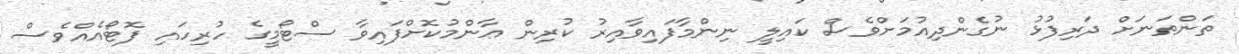
ތަންތަނަށް ދަރިފުޅު ނުގެންދިއުމަށްވެސް ކައިލީ ނިންމާފައިވާއިރު ކުރިން ޢާންމުކޮށްފައިވާ ސްޓޯމީގެ ހުރިހައި ފޮޓޯއެއްވެސް